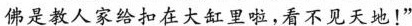
佛是救人家给扣在大缸里啦，看不见天地!”